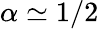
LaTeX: \alpha\simeq 1/2